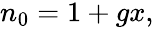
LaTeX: \begin{array}{r}{n_{0}=1+gx,}\end{array}